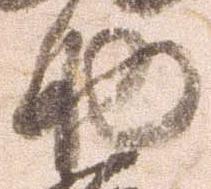
助